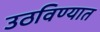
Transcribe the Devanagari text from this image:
उठविण्यात